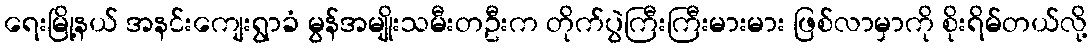
ရေးမြို့နယ် အနင်းကျေးရွာခံ မွန်အမျိုးသမီးတဦးက တိုက်ပွဲကြီးကြီးမားမား ဖြစ်လာမှာကို စိုးရိမ်တယ်လို့